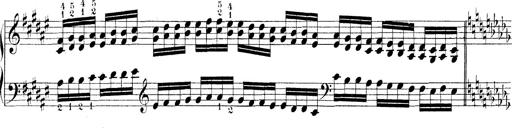
Title: Technische Studien
Composer: Franz Liszt